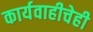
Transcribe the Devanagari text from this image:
कार्यवाहीचेही